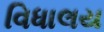
વિધાલય